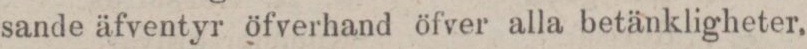
sande äfventyr öfverhand öfver alla betänkligheter,